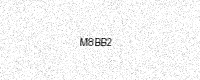
Text: M8BB2